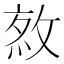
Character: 𢽯